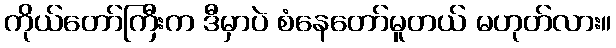
ကိုယ်တော်ကြီးက ဒီမှာပဲ စံနေတော်မူတယ် မဟုတ်လား။